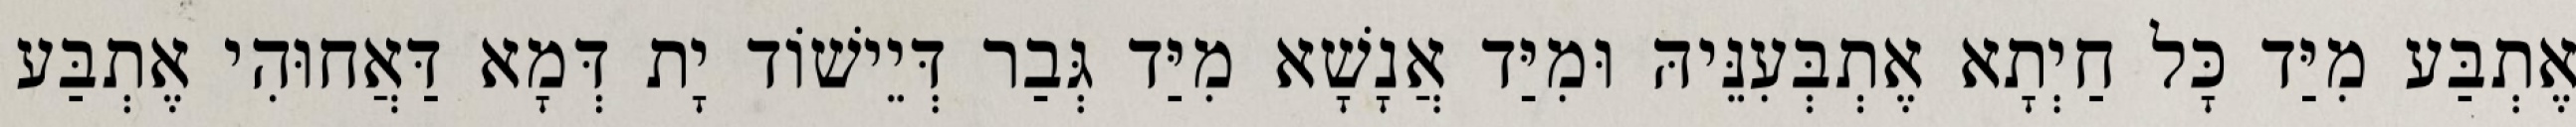
אֶתְבַּע מִיַּד כָּל חַיְתָא אֶתְבְּעִנֵּיהּ וּמִיַּד אֲנָשָׁא מִיַּד גְּבַר דְּיֵישׁוֹד יָת דְּמָא דַּאֲחוּהִי אֶתְבַּע